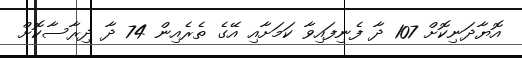
އޮޔާދަނިކޮށް 107 ދާ ފެނިފައިވާ ކަމަށާއި އޭގެ ތެރެއިން 74 ދާ ދިރާސާކޮށް